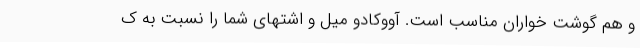
و هم گوشت خواران مناسب است. آووکادو میل و اشتهای شما را نسبت به ک